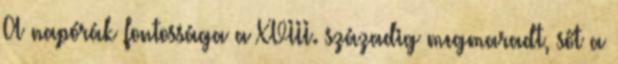
A napórák fontossága a XVIII. századig megmaradt, sőt a